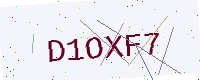
Text: D1OXF7